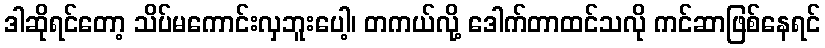
ဒါဆိုရင်တော့ သိပ်မကောင်းလှဘူးပေါ့၊ တကယ်လို့ ဒေါက်တာထင်သလို ကင်ဆာဖြစ်နေရင်